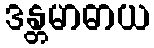
ဒန္တမာဓာယ